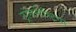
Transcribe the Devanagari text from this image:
ट्रांसनीस्ट्रिया